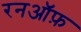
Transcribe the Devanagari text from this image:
रनऑफ़